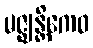
မဇ္ဈန္တိကေဝ